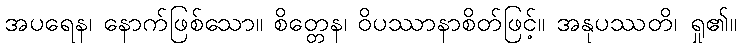
အပရေန၊ နောက်ဖြစ်သော။ စိတ္တေန၊ ဝိပဿာနာစိတ်ဖြင့်။ အနုပဿတိ၊ ရှု၏။